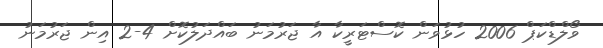
ވޯލްޑްކަޕް 2006 ހުޅުވަން ކޮސްޓަރީކާ އާ ޖަރުމަނު ބައްދަލުކޮށް 4-2 އިން ޖަރުމަނު